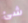
شئ